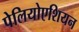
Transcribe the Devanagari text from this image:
पेलियोएशियन